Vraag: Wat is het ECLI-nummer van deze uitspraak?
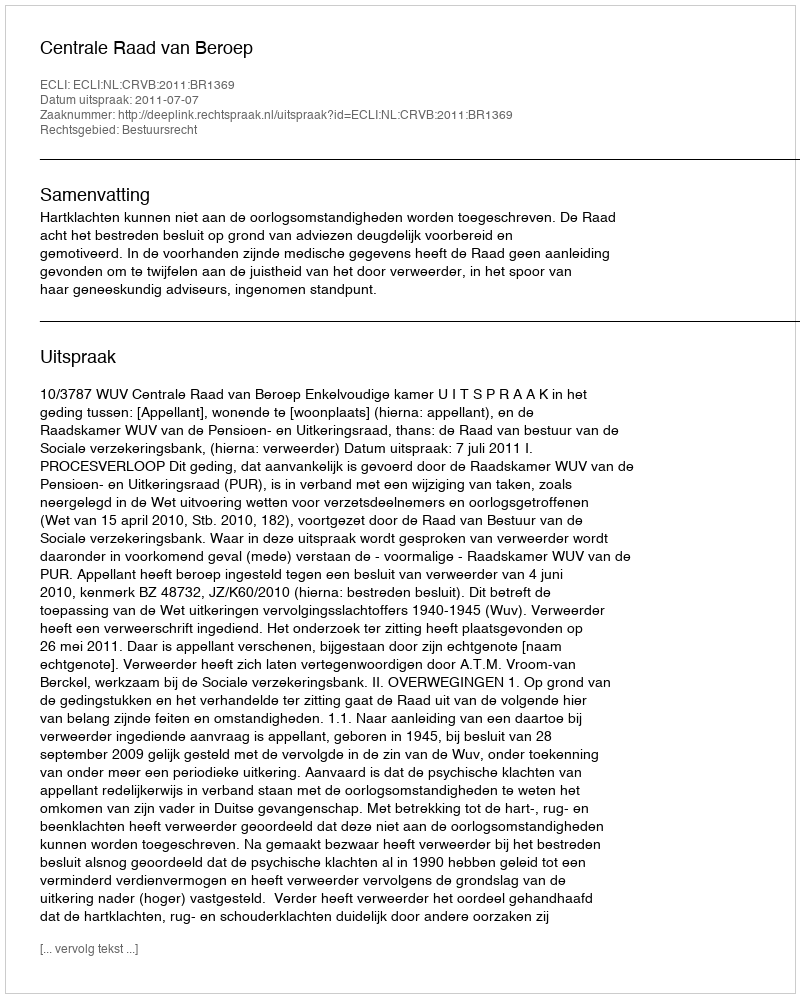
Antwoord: ECLI:NL:CRVB:2011:BR1369